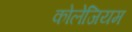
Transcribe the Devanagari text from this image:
कोलेजियम